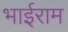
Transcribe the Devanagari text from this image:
भाईराम